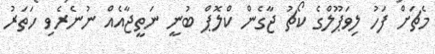
މެޗަށް ފަހު ލިވަޕޫލްގެ ކޯޗު ޖާގެން ކްލޮޕް ބުނީ ނަތީޖާއެއް ނުނެރެވި ހަތަރު